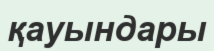
қауындары